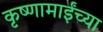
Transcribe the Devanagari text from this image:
कृष्णामाईंच्या